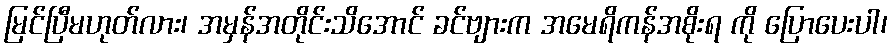
မြင်ပြီမဟုတ်လား၊ အမှန်အတိုင်းသိအောင် ခင်ဗျားက အမေရိကန်အစိုးရ ကို ပြောပေးပါ၊